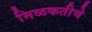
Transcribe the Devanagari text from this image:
मिळकतीचे